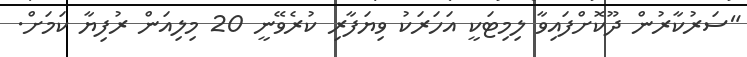
"ސަރުކާރުން ދޫކޮށްފައިވާ ލިމިޓަކީ އަހަރަކު ވިޔަފާރި ކުރެވޭނީ 20 މިލިއަން ރުފިޔާ ކަމަށް.